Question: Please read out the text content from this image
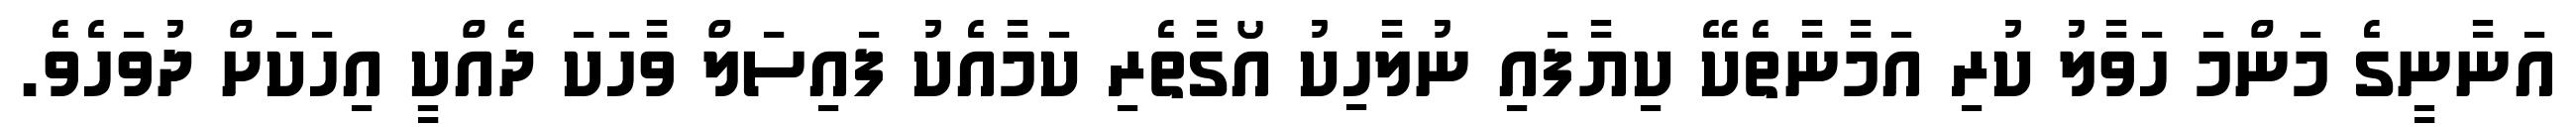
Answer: އަނާނީގެ މަންމަ ހަވާލު ކުރި އަމާނާތެކޭ ކިޔާފައި ނުލާހިކު އޯގާތެރި ކަމާއެކު ފައިސަލް ވާހަކަ ދެއްކީ އިހަކަށް ދުވަހެވެ.